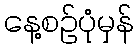
နေ့စဉ်ပုံမှန်